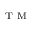
^ { \mathrm { ~ T ~ M ~ } }